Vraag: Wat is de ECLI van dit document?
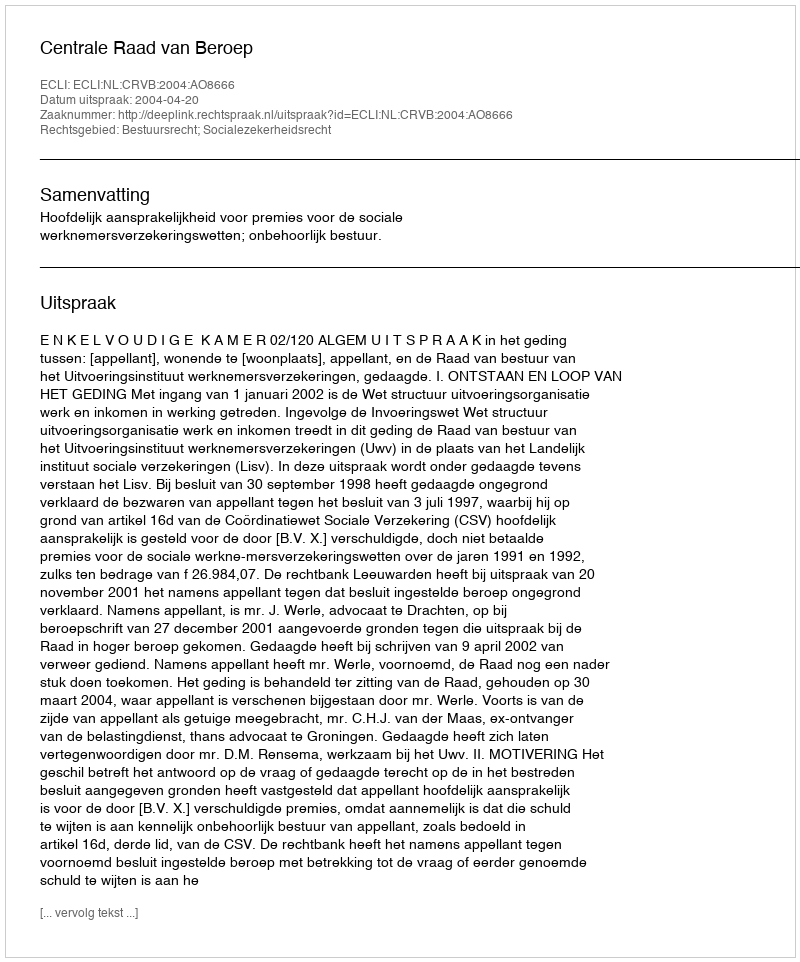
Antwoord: ECLI:NL:CRVB:2004:AO8666